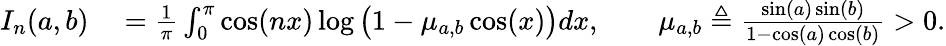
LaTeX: \begin{array}{rl}{I_{n}(a,b)}&{{}=\frac{1}{\pi}\int_{0}^{\pi}\cos(nx)\log\big(1-\mu_{a,b}\cos(x)\big)dx,\qquad\mu_{a,b}\triangleq\frac{\sin(a)\sin(b)}{1-\cos(a)\cos(b)}>0.}\end{array}